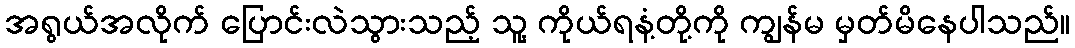
အရွယ်အလိုက် ပြောင်းလဲသွားသည့် သူ့ ကိုယ်ရနံ့တို့ကို ကျွန်မ မှတ်မိနေပါသည်။